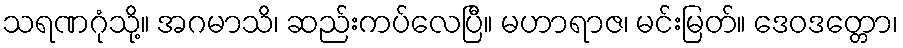
သရဏဂုံသို့။ အဂမာသိ၊ ဆည်းကပ်လေပြီ။ မဟာရာဇ၊ မင်းမြတ်။ ဒေဝဒတ္တော၊